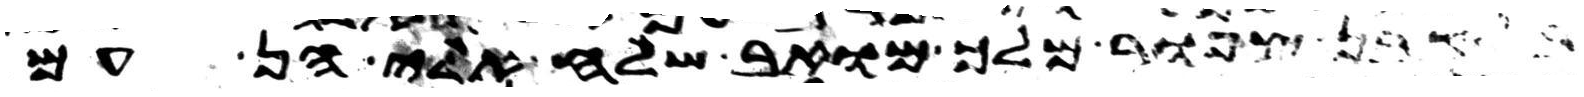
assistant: בן צפור מלך מואב שלח אלי הן עם